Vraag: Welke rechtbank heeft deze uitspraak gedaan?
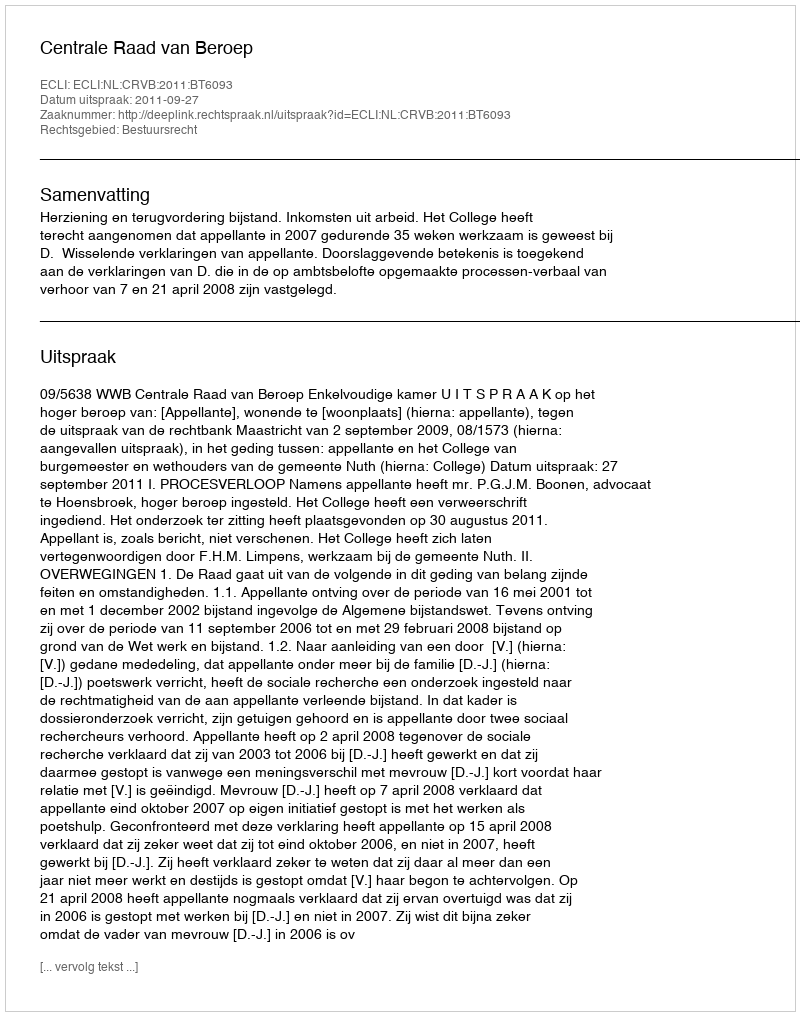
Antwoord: Centrale Raad van Beroep